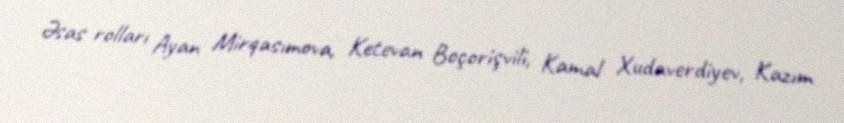
Əsas rolları Ayan Mirqasımova, Ketevan Boçorişvili, Kamal Xudaverdiyev, Kazım